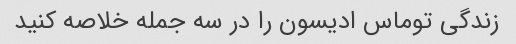
زندگی توماس ادیسون را در سه جمله خلاصه کنید